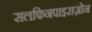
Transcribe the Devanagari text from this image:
सलफिनपाइराज़ोन